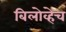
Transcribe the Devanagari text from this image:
बिलोव्हेच